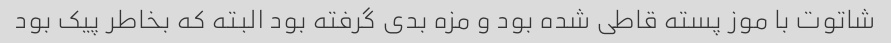
شاتوت با موز پسته قاطی شده بود و مزه بدی گرفته بود البته که بخاطر پیک بود